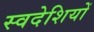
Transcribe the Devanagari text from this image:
स्वदेशियों